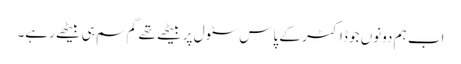
اب ہم دونوں جو ڈاکٹر کے پاس سٹول پر بیٹھے تھے گم سم ہی بیٹھے رہے۔